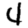
Digit: 4